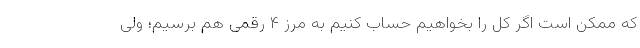
که ممکن است اگر کل را بخواهیم حساب کنیم به مرز ۴ رقمی هم برسیم؛ ولی